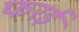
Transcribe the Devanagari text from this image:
फरई